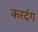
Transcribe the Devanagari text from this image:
करदंग